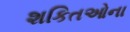
શકિતઓના